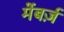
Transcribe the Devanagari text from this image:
मेंबर्ज़